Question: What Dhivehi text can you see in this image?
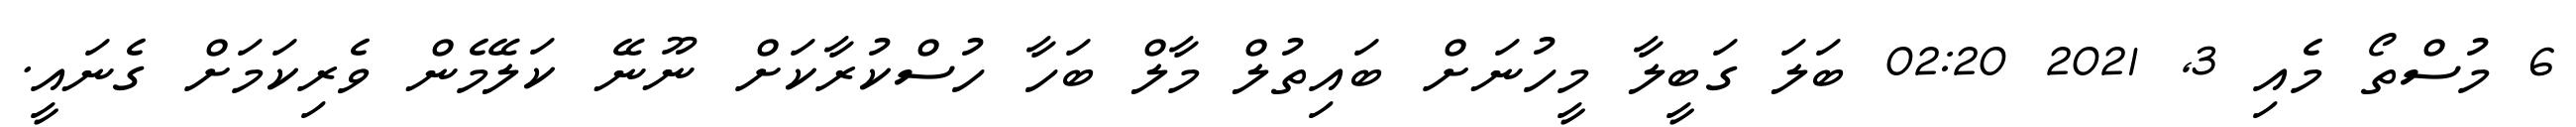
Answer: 6 މުސްތޯ މެއި 3, 2021 02:20 ބަލަ ގަބީލާ މީހުނަށް ބައިތުލް މާލް ބަހާ ހުސްކުރާކަށް ނޫނޭ ކަލޭމެން ވެރިކަމަށް ގެނައީ.